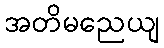
အတိမညေယျ